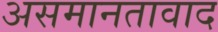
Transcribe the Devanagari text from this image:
असमानतावाद